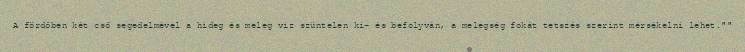
A fördőben két cső segedelmével a hideg és meleg viz szüntelen ki- és befolyván, a melegség fokát tetszés szerint mérsékelni lehet.""